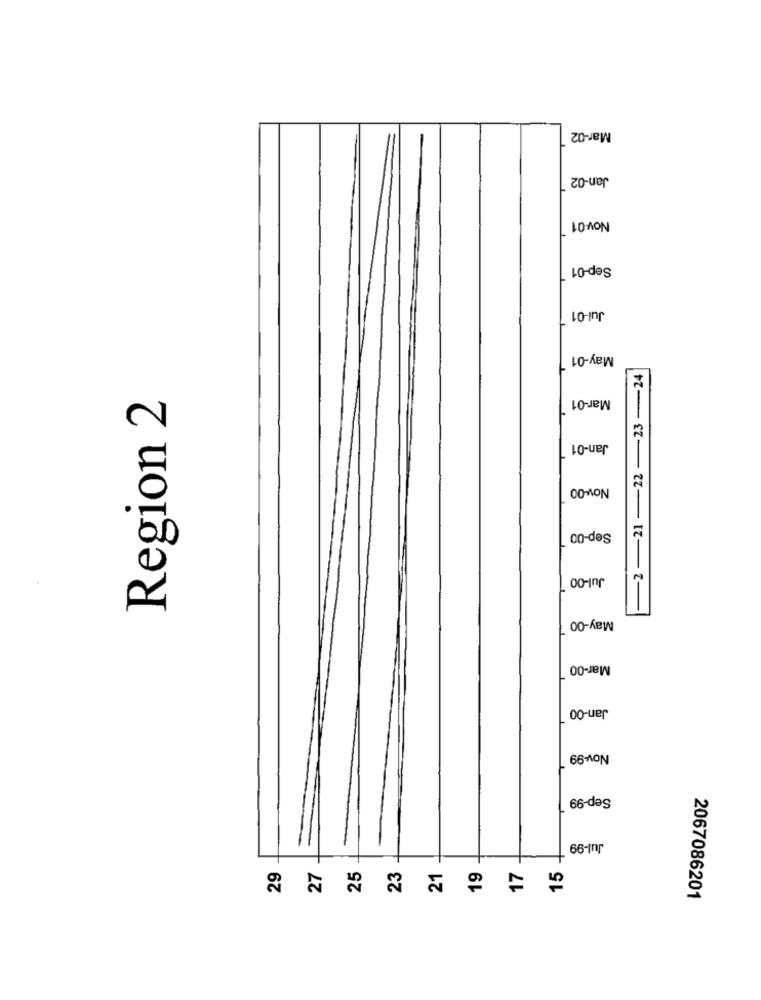
Mar-02
Jan-02
Nov-01
Sep-01
Jul-01
May-01
-2-21-22 -23-24
Region 2
Mar-01
Jan-01
Nov-00
Sep-00
Jul-00
May-00
Mar-00
Jan-00
Nov-99
Sep-99
Jul-99
29
27
25
23
21
19
15
2067086201